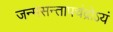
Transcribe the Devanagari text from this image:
जन्मसन्तापचंद्रोऽयं